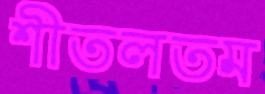
শীতলতম